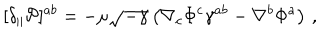
[ \delta _ { \parallel } { \cal P } ] ^ { a b } = - \mu \sqrt { - \gamma } \left( \nabla _ { c } \Phi ^ { c } \gamma ^ { a b } - \nabla ^ { b } \Phi ^ { a } \right) \, ,